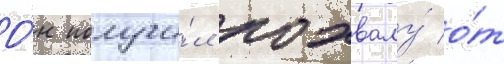
О́н получи́л похвалу́ о́т